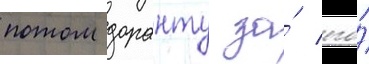
потом доранту за́ его́